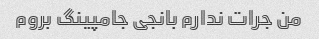
من جرات ندارم بانجی جامپینگ بروم